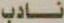
نادب